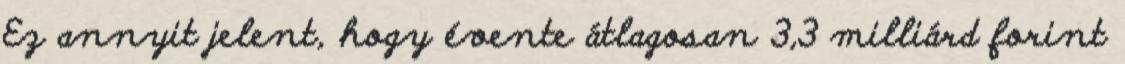
Ez annyit jelent, hogy évente átlagosan 3,3 milliárd forint